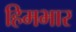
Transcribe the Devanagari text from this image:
हिमभार